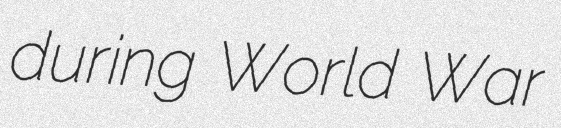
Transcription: during World War